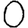
Digit: 0